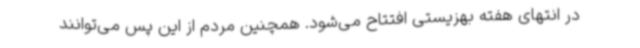
در انتهای هفته بهزیستی افتتاح می‌شود. همچنین مردم از این پس می‌توانند